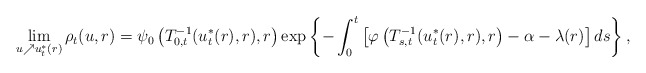
\begin{align*}\lim_{u\nearrow u^*_t(r)}\rho_t(u,r) = \psi_0 \left(T^{-1}_{0,t}(u^*_t(r),r),r\right)\exp \left\{ - \int_0^t \left[ \varphi\left( T^{-1}_{s,t}(u^*_t(r),r),r\right) - \alpha - \lambda(r) \right] ds \right\},\end{align*}